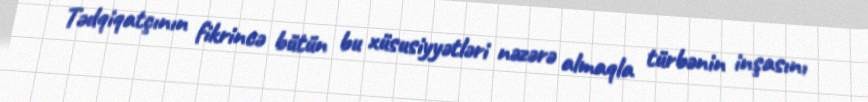
Tədqiqatçının fikrincə bütün bu xüsusiyyətləri nəzərə almaqla türbənin inşasını